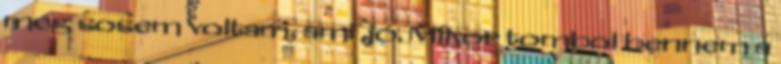
még sosem voltam, ami jó. Mikor tombol bennem a